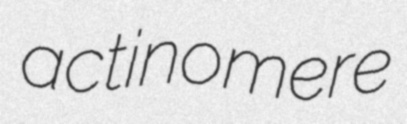
actinomere